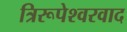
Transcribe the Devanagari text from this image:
त्रिरूपेश्वरवाद